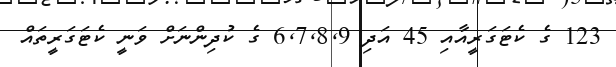
123 ގެ ކެޓަގަރީއާއި 45 އަދި 6